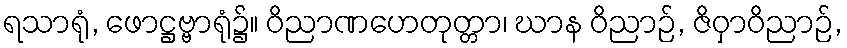
ရသာရုံ, ဖောဋ္ဌဗ္ဗာရုံ၌။ ဝိညာဏဟေတုတ္တာ၊ ဃာန ဝိညာဉ်, ဇိဝှာဝိညာဉ်,